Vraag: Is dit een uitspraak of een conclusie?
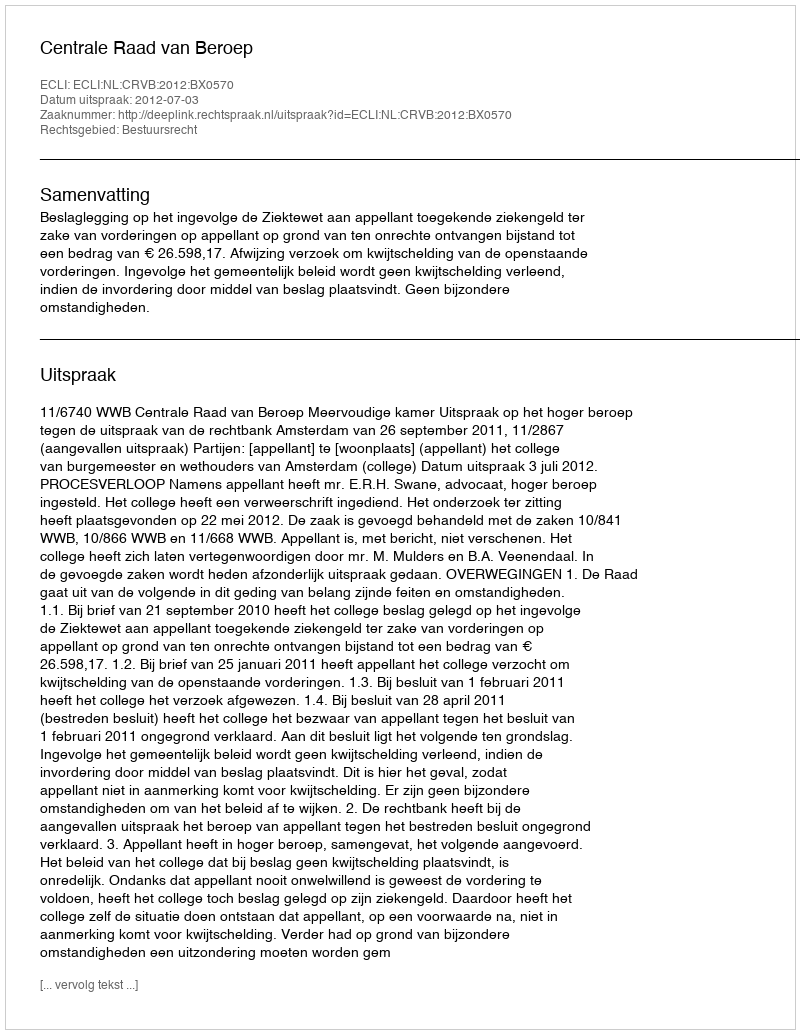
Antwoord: Uitspraak